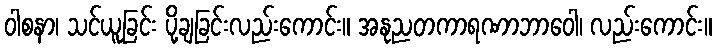
ဝါစနာ၊ သင်ယူခြင်း ပို့ချခြင်းလည်းကောင်း။ အနုညတကာရဏာဘာဝေါ၊ လည်းကောင်း။